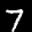
Label: 7